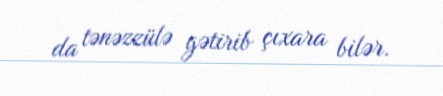
da tənəzzülə gətirib çıxara bilər.